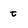
Character: t